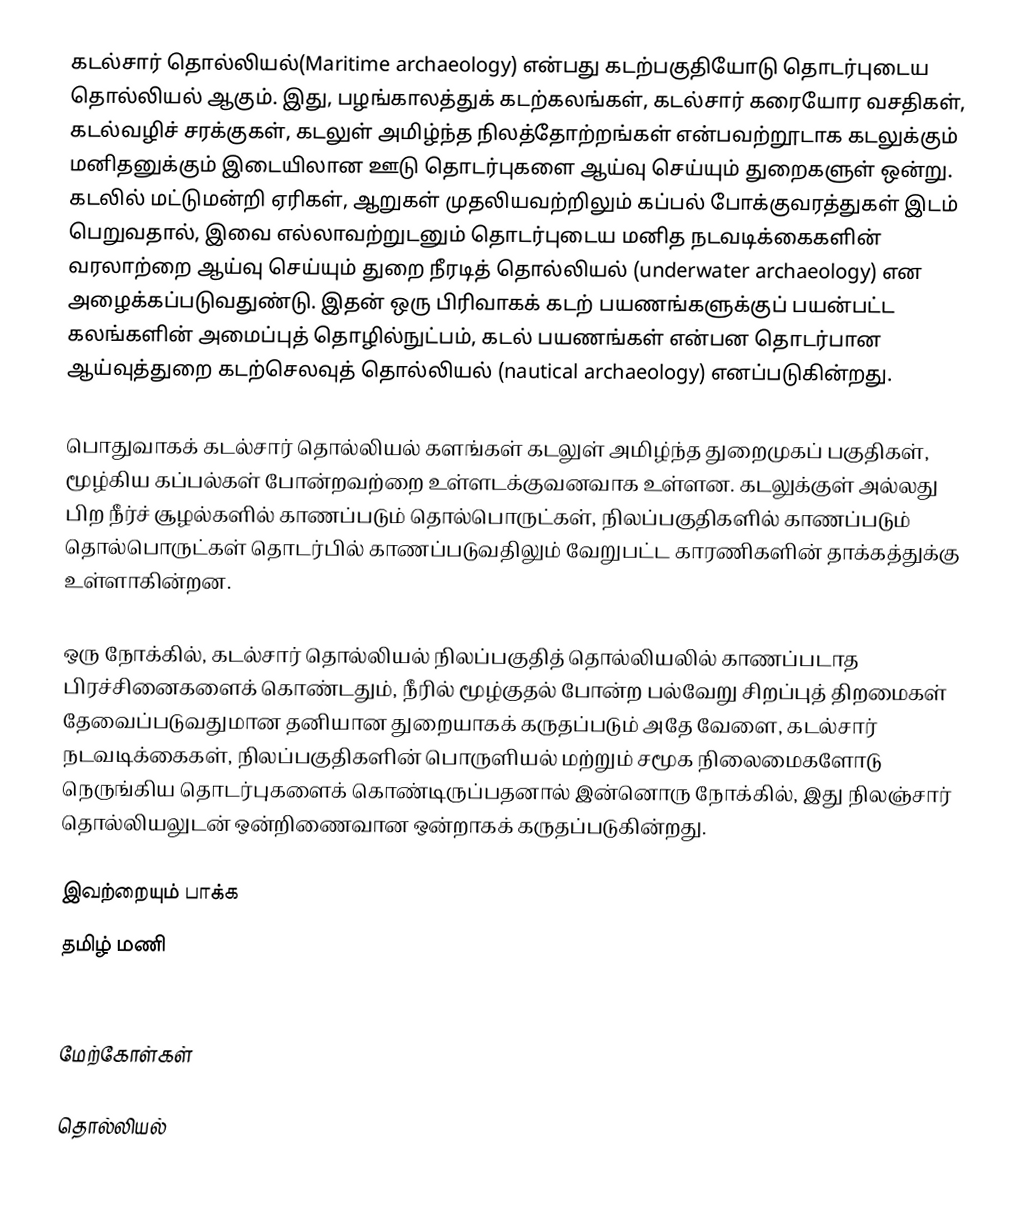
கடல்சார் தொல்லியல்(Maritime archaeology) என்பது கடற்பகுதியோடு தொடர்புடைய தொல்லியல் ஆகும். இது, பழங்காலத்துக் கடற்கலங்கள், கடல்சார் கரையோர வசதிகள், கடல்வழிச் சரக்குகள், கடலுள் அமிழ்ந்த நிலத்தோற்றங்கள் என்பவற்றூடாக கடலுக்கும் மனிதனுக்கும் இடையிலான ஊடு தொடர்புகளை ஆய்வு செய்யும் துறைகளுள் ஒன்று. கடலில் மட்டுமன்றி ஏரிகள், ஆறுகள் முதலியவற்றிலும் கப்பல் போக்குவரத்துகள் இடம் பெறுவதால், இவை எல்லாவற்றுடனும் தொடர்புடைய மனித நடவடிக்கைகளின் வரலாற்றை ஆய்வு செய்யும் துறை நீரடித் தொல்லியல் (underwater archaeology) என அழைக்கப்படுவதுண்டு. இதன் ஒரு பிரிவாகக் கடற் பயணங்களுக்குப் பயன்பட்ட கலங்களின் அமைப்புத் தொழில்நுட்பம், கடல் பயணங்கள் என்பன தொடர்பான ஆய்வுத்துறை கடற்செலவுத் தொல்லியல் (nautical archaeology) எனப்படுகின்றது.

பொதுவாகக் கடல்சார் தொல்லியல் களங்கள் கடலுள் அமிழ்ந்த துறைமுகப் பகுதிகள், மூழ்கிய கப்பல்கள் போன்றவற்றை உள்ளடக்குவனவாக உள்ளன. கடலுக்குள் அல்லது பிற நீர்ச் சூழல்களில் காணப்படும் தொல்பொருட்கள், நிலப்பகுதிகளில் காணப்படும் தொல்பொருட்கள் தொடர்பில் காணப்படுவதிலும் வேறுபட்ட காரணிகளின் தாக்கத்துக்கு உள்ளாகின்றன.

ஒரு நோக்கில், கடல்சார் தொல்லியல் நிலப்பகுதித் தொல்லியலில் காணப்படாத பிரச்சினைகளைக் கொண்டதும், நீரில் மூழ்குதல் போன்ற பல்வேறு சிறப்புத் திறமைகள் தேவைப்படுவதுமான தனியான துறையாகக் கருதப்படும் அதே வேளை, கடல்சார் நடவடிக்கைகள், நிலப்பகுதிகளின் பொருளியல் மற்றும் சமூக நிலைமைகளோடு நெருங்கிய தொடர்புகளைக் கொண்டிருப்பதனால் இன்னொரு நோக்கில், இது நிலஞ்சார் தொல்லியலுடன் ஒன்றிணைவான ஒன்றாகக் கருதப்படுகின்றது.

இவற்றையும் பாக்க
 தமிழ் மணி
 :en:Seven Pagodas of Mahabalipuram

மேற்கோள்கள்

தொல்லியல்